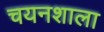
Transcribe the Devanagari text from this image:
चयनशाला